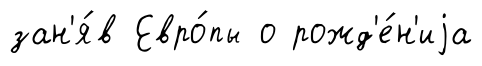
зан'я́в Евро́пы о рожд'е́н'иjа